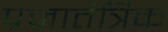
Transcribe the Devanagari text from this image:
प्रजातंत्रिक